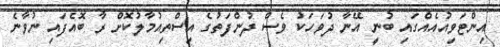
އިންޓަވިއުއެއްގައި ބުނީ އޭނާ ދުވަހަކު ވެސް ދުންފަތުގެ އިސްތިއުމާލުކޮށް ރާ ބޮއެފައި ނުވާނެ